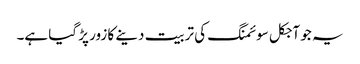
یہ جو آجکل سوئمنگ کی تربیت دینے کا زور پڑ گیا ہے۔